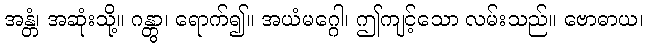
အန္တံ၊ အဆုံးသို့။ ဂန္တွာ၊ ရောက်၍။ အယံမဂ္ဂေါ၊ ဤကျင့်သော လမ်းသည်။ ဗောဓာယ၊